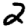
Digit: 2